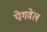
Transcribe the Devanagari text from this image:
पेगवेल